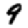
Digit: 9